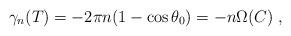
LaTeX: \begin{align*}\gamma_n(T)=-2\pi n(1-\cos\theta_0)=-n\Omega(C)\;,\end{align*}